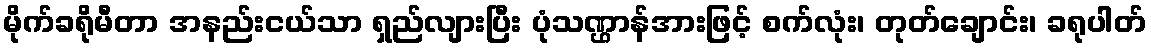
မိုက်ခရိုမီတာ အနည်းငယ်သာ ရှည်လျားပြီး ပုံသဏ္ဌာန်အားဖြင့် စက်လုံး၊ တုတ်ချောင်း၊ ခရုပါတ်